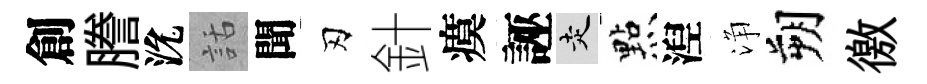
創謄沇話聞刃針瘼誣走㸃湼浄朔徼